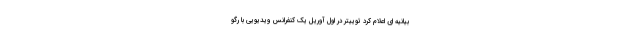
بیانیه ای اعلام کرد توییتر در اول آوریل یک کنفرانس ویدیویی با رگو